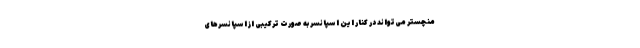
منچستر می‌تواند در کنار این اسپانسر به صورت ترکیبی از اسپانسرهای